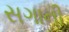
સગાની